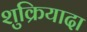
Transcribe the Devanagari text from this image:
शुक्रियादा